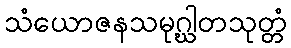
သံယောဇနသမုဂ္ဃါတသုတ္တံ